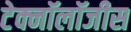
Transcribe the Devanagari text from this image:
टेक्नॉलॉजीस